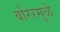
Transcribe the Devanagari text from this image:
बोररमुळे